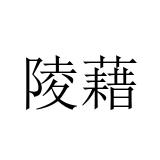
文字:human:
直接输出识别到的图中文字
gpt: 陵藉